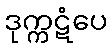
ဒုက္ကဋံပေ